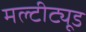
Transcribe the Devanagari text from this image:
मल्टीट्यूड